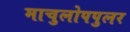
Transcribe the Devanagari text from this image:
माचुलोपपुलर